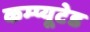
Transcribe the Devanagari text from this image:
कम्प्यूटेड